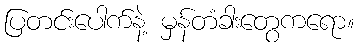
ပြတင်းပေါက်နဲ့ မှန်တံခါးတွေကရော။